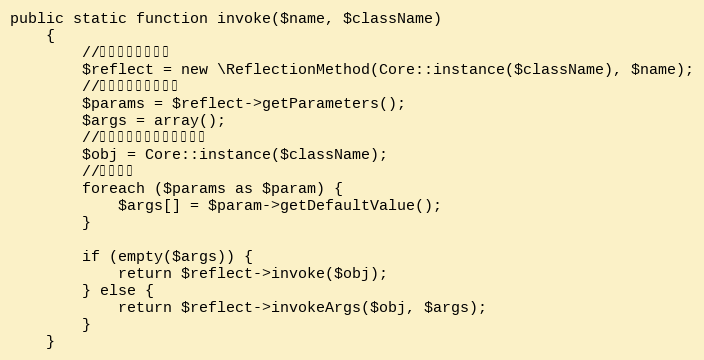
Language: PHP
public static function invoke($name, $className)
    {
        //创建反射方法对象
        $reflect = new \ReflectionMethod(Core::instance($className), $name);
        //获取当前方法的参数
        $params = $reflect->getParameters();
        $args = array();
        //获取要调用方法的实例对象
        $obj = Core::instance($className);
        //遍历参数
        foreach ($params as $param) {
            $args[] = $param->getDefaultValue();
        }

        if (empty($args)) {
            return $reflect->invoke($obj);
        } else {
            return $reflect->invokeArgs($obj, $args);
        }
    }